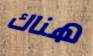
هناك